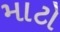
માટો